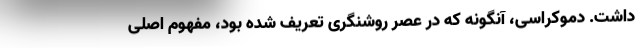
داشت. دموکراسی، آنگونه که در عصر روشنگری تعریف شده بود، مفهوم اصلی